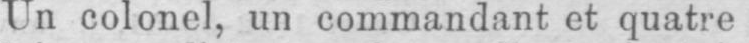
Un colonel, un commandant et quatre